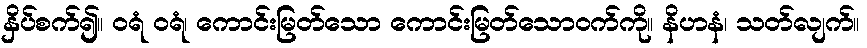
နှိပ်စက်၍။ ဝရံ ဝရံ၊ ကောင်းမြတ်သော ကောင်းမြတ်သောဝက်ကို။ နိဟနံ၊ သတ်လျက်။